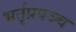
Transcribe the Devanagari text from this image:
भर्तृप्रपञ्च